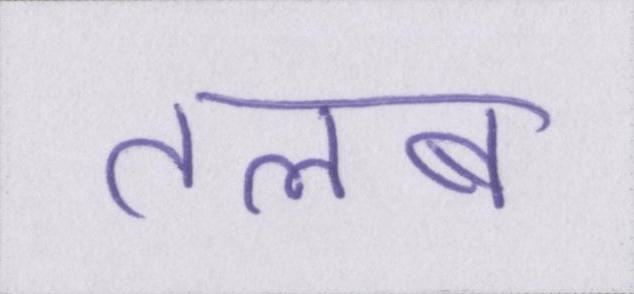
तलब